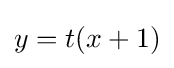
y=t(x+1)